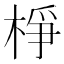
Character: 棦